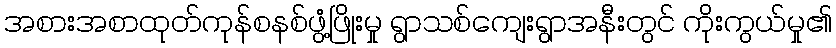
အစားအစာထုတ်ကုန်စနစ်ဖွံ့ဖြိုးမှု ရွာသစ်ကျေးရွာအနီးတွင် ကိုးကွယ်မှု၏